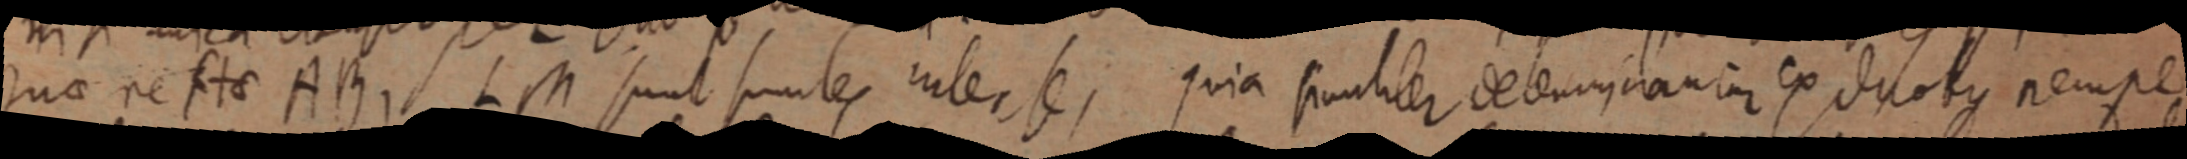
juae recte AB, LM sunt similes inter se, quia similiter determinantur ex duobus nempe